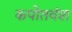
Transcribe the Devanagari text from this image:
कपोतवंश